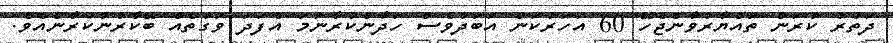
ދަތުރު ކުރަން ތައްޔާރުވާންޖެހޭ 60 އަހަރުކަން އަބަދުވެސް ހަދާންކުރާނަމަ އެފަދަ ވަގުތެއް ބޭކާރުނުކުރާނެއެވެ.